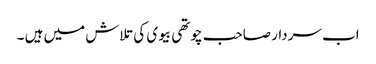
اب سردار صاحب چوتھی بیوی کی تلاش میں ہیں ۔